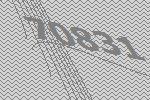
70831